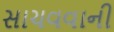
સાચવવાની